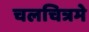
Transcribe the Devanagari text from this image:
चलचित्रमे